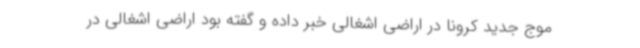
موج جدید کرونا در اراضی اشغالی خبر داده و گفته بود اراضی اشغالی در